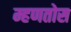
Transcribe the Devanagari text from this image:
म्हणतोस